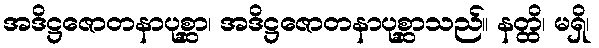
အဒိဋ္ဌဇောတနာပုစ္ဆာ၊ အဒိဋ္ဌဇောတနာပုစ္ဆာသည်။ နတ္ထိ၊ မရှိ၊